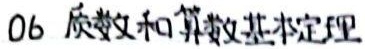
06 质数和算数基本定理